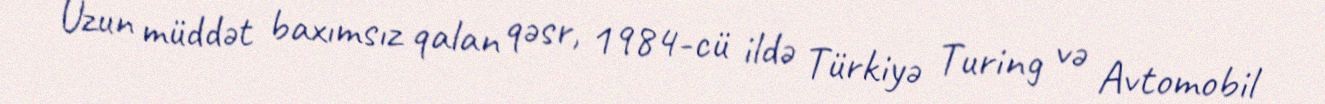
Uzun müddət baxımsız qalan qəsr, 1984-cü ildə Türkiyə Turing və Avtomobil